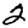
Digit: 2